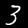
Label: 3